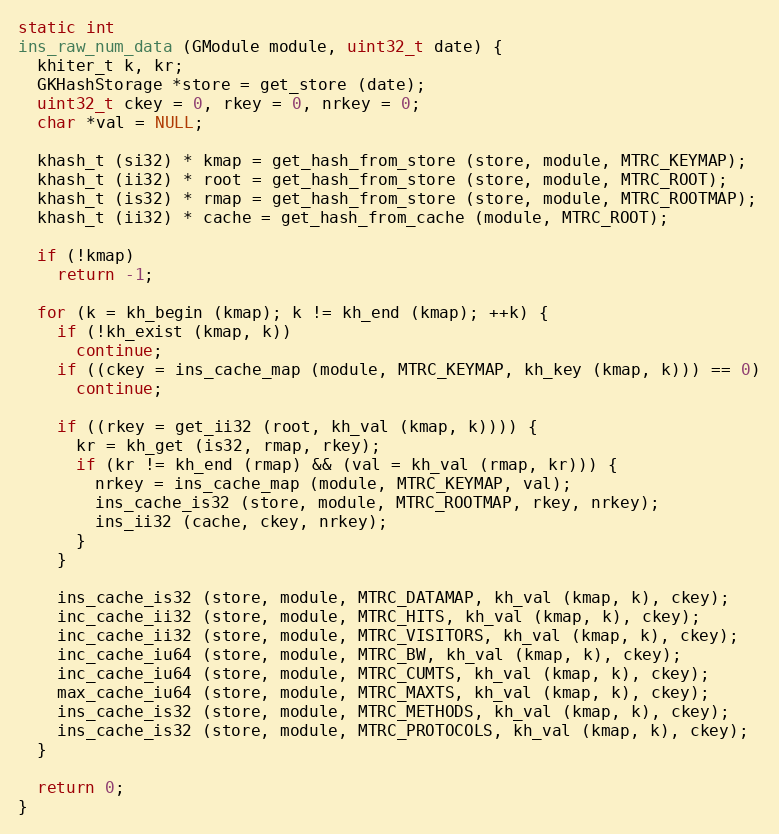
Language: C
static int
ins_raw_num_data (GModule module, uint32_t date) {
  khiter_t k, kr;
  GKHashStorage *store = get_store (date);
  uint32_t ckey = 0, rkey = 0, nrkey = 0;
  char *val = NULL;

  khash_t (si32) * kmap = get_hash_from_store (store, module, MTRC_KEYMAP);
  khash_t (ii32) * root = get_hash_from_store (store, module, MTRC_ROOT);
  khash_t (is32) * rmap = get_hash_from_store (store, module, MTRC_ROOTMAP);
  khash_t (ii32) * cache = get_hash_from_cache (module, MTRC_ROOT);

  if (!kmap)
    return -1;

  for (k = kh_begin (kmap); k != kh_end (kmap); ++k) {
    if (!kh_exist (kmap, k))
      continue;
    if ((ckey = ins_cache_map (module, MTRC_KEYMAP, kh_key (kmap, k))) == 0)
      continue;

    if ((rkey = get_ii32 (root, kh_val (kmap, k)))) {
      kr = kh_get (is32, rmap, rkey);
      if (kr != kh_end (rmap) && (val = kh_val (rmap, kr))) {
        nrkey = ins_cache_map (module, MTRC_KEYMAP, val);
        ins_cache_is32 (store, module, MTRC_ROOTMAP, rkey, nrkey);
        ins_ii32 (cache, ckey, nrkey);
      }
    }

    ins_cache_is32 (store, module, MTRC_DATAMAP, kh_val (kmap, k), ckey);
    inc_cache_ii32 (store, module, MTRC_HITS, kh_val (kmap, k), ckey);
    inc_cache_ii32 (store, module, MTRC_VISITORS, kh_val (kmap, k), ckey);
    inc_cache_iu64 (store, module, MTRC_BW, kh_val (kmap, k), ckey);
    inc_cache_iu64 (store, module, MTRC_CUMTS, kh_val (kmap, k), ckey);
    max_cache_iu64 (store, module, MTRC_MAXTS, kh_val (kmap, k), ckey);
    ins_cache_is32 (store, module, MTRC_METHODS, kh_val (kmap, k), ckey);
    ins_cache_is32 (store, module, MTRC_PROTOCOLS, kh_val (kmap, k), ckey);
  }

  return 0;
}